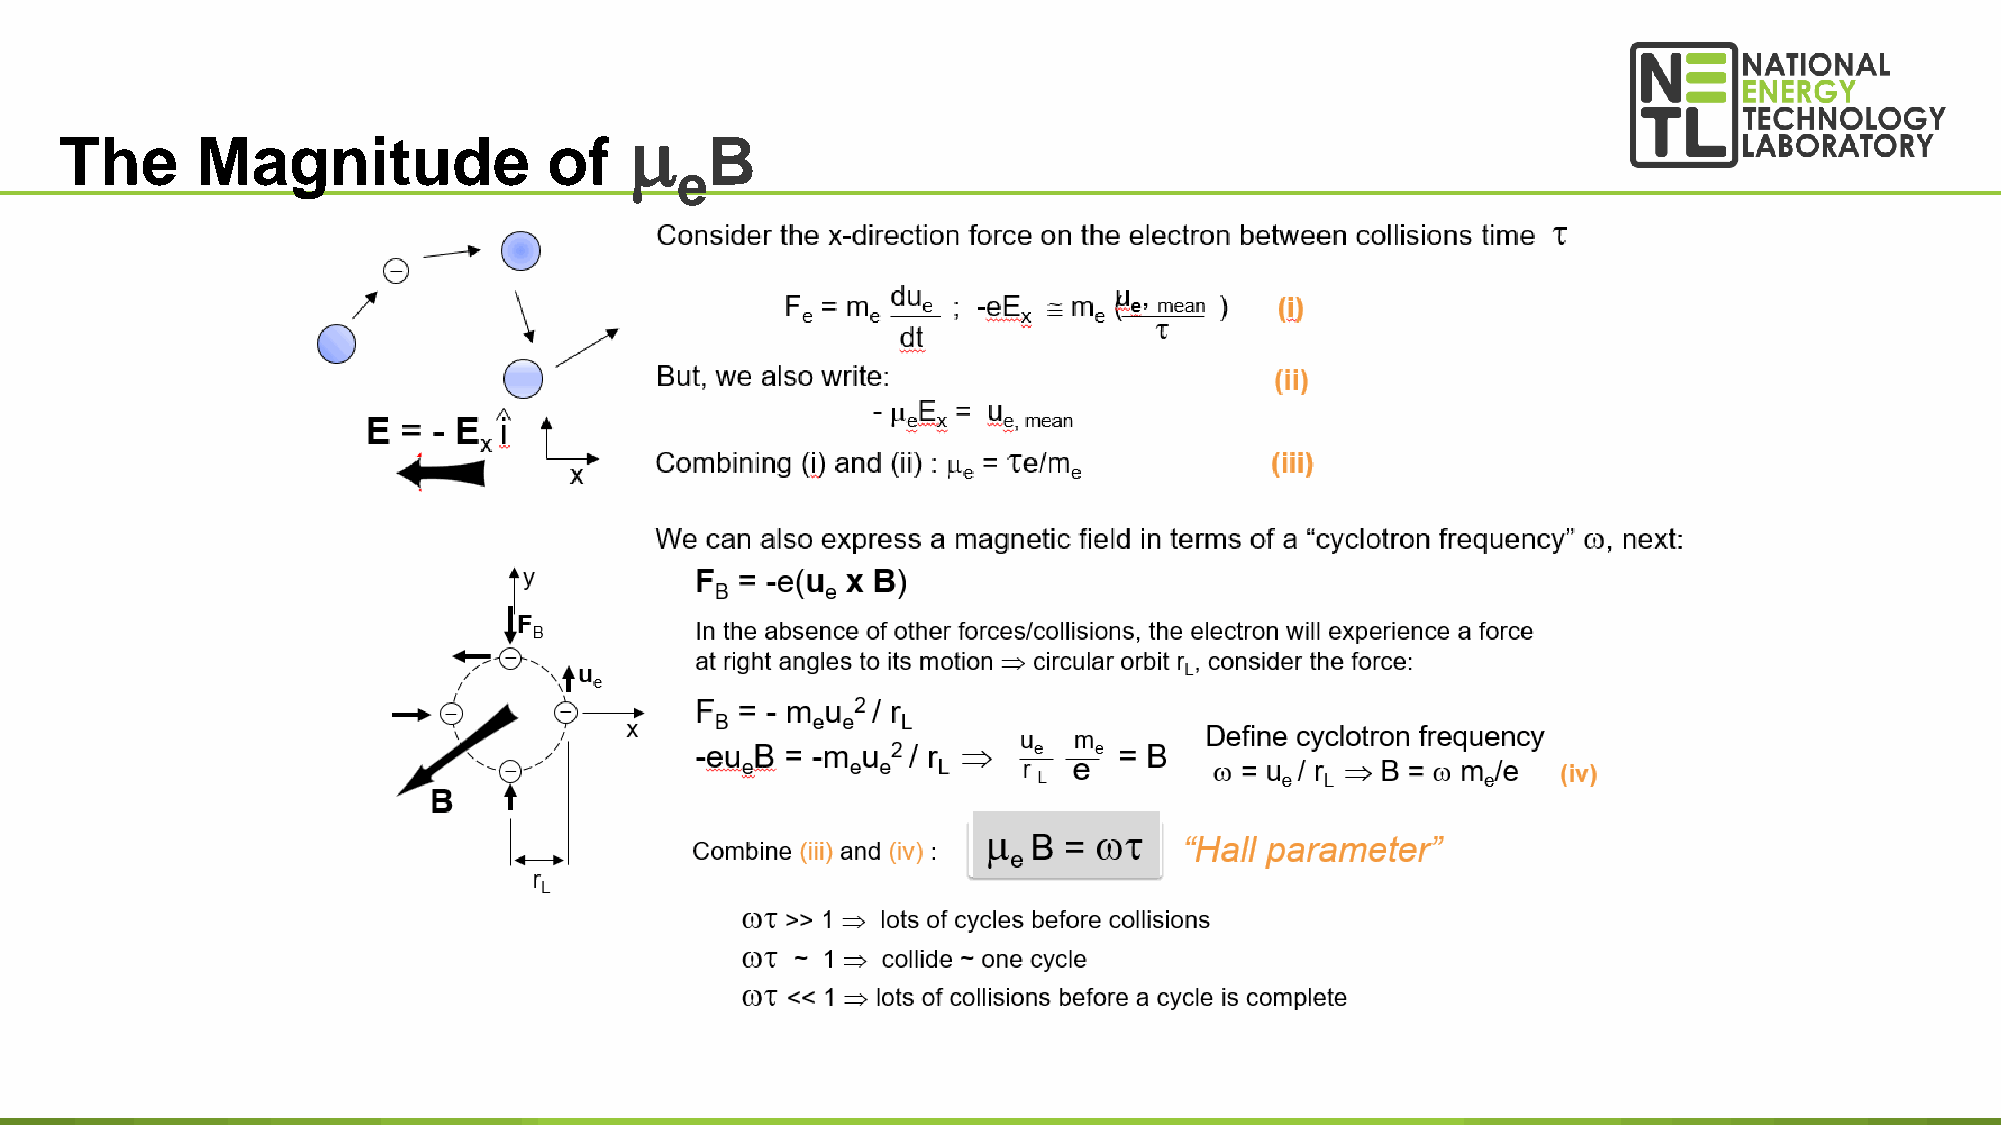

 The      Magnitude              of         B
 e
 21